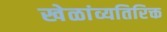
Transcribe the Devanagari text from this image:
खेळांव्यतिरिक्त